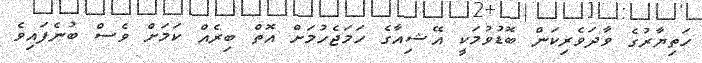
ހަތިޔާރުގެ ވާދަވެރިކަން ބޮޑުވުމަކީ އޭޝިއާގެ ހަމަޖެހުމަށް އޮތް ބިރެއް ކަމަށް ވެސް ބުނެފައިވެ